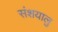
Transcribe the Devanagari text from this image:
संशयालु